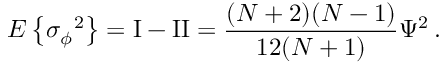
E \left\{ \sigma { _ \phi } ^ { 2 } \right\} = \mathrm { I } - \mathrm { I I } = { \frac { ( N + 2 ) ( N - 1 ) } { 1 2 ( N + 1 ) } } \Psi ^ { 2 } \, .